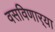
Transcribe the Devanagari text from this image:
वसविणार्‍या